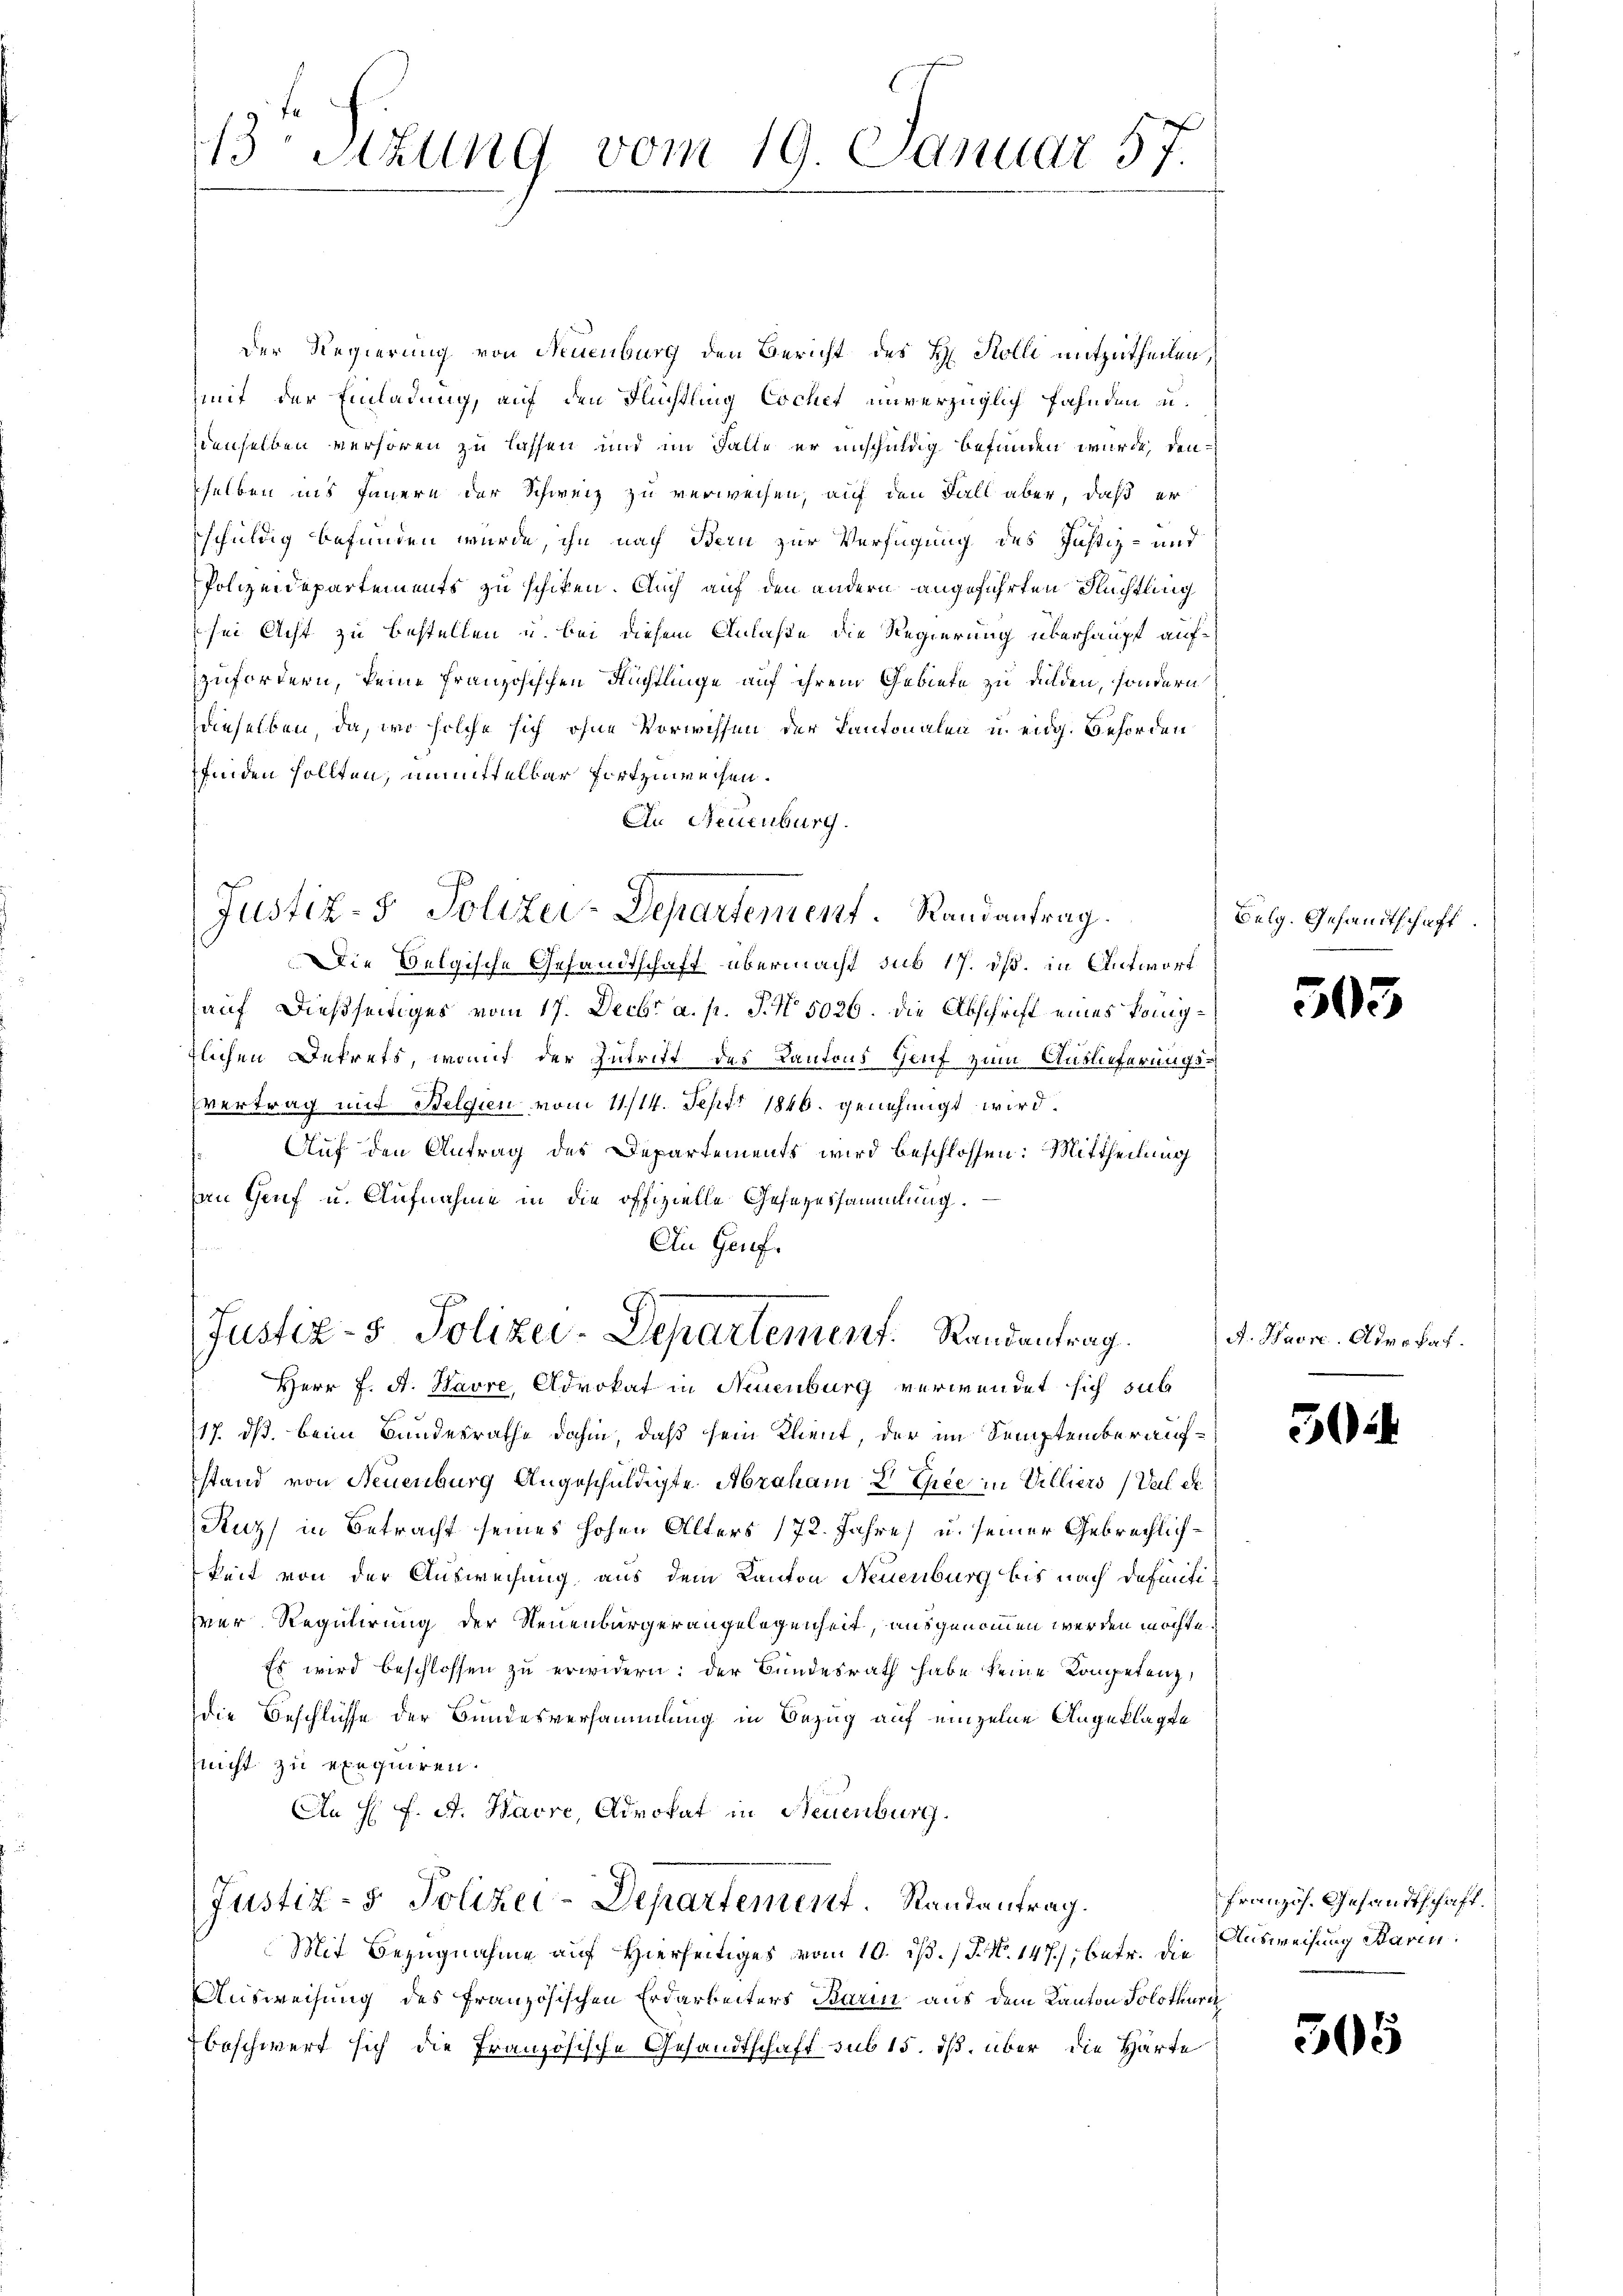
13 Stzung vom 19. Januar 57.

Der Regierung von Neuenburg den Bericht des R. Kolli mitzutheilen,
mit der Einladung, auf den Flüchtling Cochet unverzüglich fahnden u.
denselben verhören zu lassen und im Falle er unschuldig befunden wurde, den
sselben ins Feuern der Schweiz zu verweisen, auf den Fall aber, daß er
schuldig befunden würde, ihn nach Bern zur Verfügung des Justiz- und
Polizeidepartements zu schiken. Auch auf den andern angeführten Flüchtling
sei Acht zu bestellen u. bei diesem Anlaße die Regierung überhaupt aufzufordern, keine französischen Richtlinge auf ihrem Gebiete zu dulden, sondern
dieselben, da, wo solche sich ohne Vorwissen der Kantonalen u. eidg. Behörden
finden sollten, unmittelbar fortzuweisen.
An Neuenburg.
Die Belgische Gesandtschaft übermacht sub 17. ds. in Antwort
auf dießseitiges vom 17. Decbr a. p. N. N. 5026. Die Abschrift eines Königtlichen Dekrets, womit der Zutrift des Kantons Hauf zum Auslieferungsvertrag mit Belgien vom 11./14. Sept. 1846. genehmigt wird.
Auf den Antrag des Departements wird beschlossen: Mittheilung
an Genf u. Aufnahme in die offizielle Gesezessammlung.
An Genf.
Justiz- & Polizei-Departement. Randantrag.
Herr J. A. Havre, Advokat in Neuenburg verwendet sich sub
17. ds. beim Bundesrathe dahin, daß sein Plent, der im Semptenberaufstand von Neuenburg Angeschuldigte Abraham 8 Thee in Villiers (Val er
Kuz in Betracht seines hohen Alters 172. Jahre) u. seiner Gebrachlichkeit von der Ausweisung aus dem Kanton Neuenburg bis nach definitizer Regulirung der Neuenburgerangelegenheit, ausgenommen werden möchte.
Es wird beschlossen zu erwidern: der Bundesrath habe keine Kompetenz,
die Beschlüsse der Bundesversammlung in Bezug auf einzelne Angeklagte
nnicht zu exequiren.
An H: F. A. Havre, Advokat in Neuenburg.
Justiz- & Polizei-Departement. Randantrag.
Mit Bezugnahme auf Hierseitiges vom 10. ds. / P. N. 147), betr. die Ausweisung Baren
Ausweisung des französischen Erdarbeiters Barin aus dem Kanton Solothurn
beschwert sich die französische Gesandtschaft sub 15. dß. über die Härte

Justiz- & Polizei-Departement. Randantrag.

Belg. Gesandtschaft

303

A. Havre, Advokat

30

französ. Gesandtschaft.

305